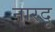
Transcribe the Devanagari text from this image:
नारदू